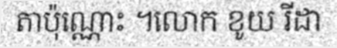
តាប៉ុណ្ណោះ ។លោក ខូយ រីដា